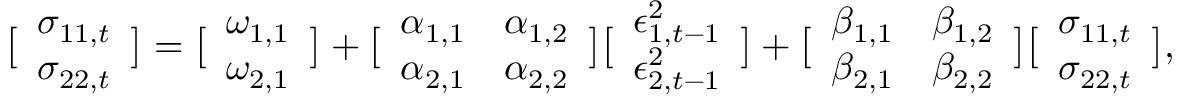
\bigl [ \begin{array} { l } { \sigma _ { 1 1 , t } } \\ { \sigma _ { 2 2 , t } } \end{array} \bigr ] = \bigl [ \begin{array} { l } { \omega _ { 1 , 1 } } \\ { \omega _ { 2 , 1 } } \end{array} \bigr ] + \bigl [ \begin{array} { l l } { \alpha _ { 1 , 1 } } & { \alpha _ { 1 , 2 } } \\ { \alpha _ { 2 , 1 } } & { \alpha _ { 2 , 2 } } \end{array} \bigr ] \bigl [ \begin{array} { l } { \epsilon _ { 1 , t - 1 } ^ { 2 } } \\ { \epsilon _ { 2 , t - 1 } ^ { 2 } } \end{array} \bigr ] + \bigl [ \begin{array} { l l } { \beta _ { 1 , 1 } } & { \beta _ { 1 , 2 } } \\ { \beta _ { 2 , 1 } } & { \beta _ { 2 , 2 } } \end{array} \bigr ] \bigl [ \begin{array} { l } { \sigma _ { 1 1 , t } } \\ { \sigma _ { 2 2 , t } } \end{array} \bigr ] ,